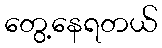
တွေ့နေရတယ်